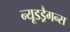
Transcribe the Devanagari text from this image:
न्यूडड्रैगन्स